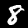
Digit: 8